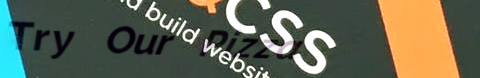
Try Our Pizza